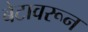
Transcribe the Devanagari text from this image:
बेटावरून